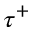
\tau ^ { + }